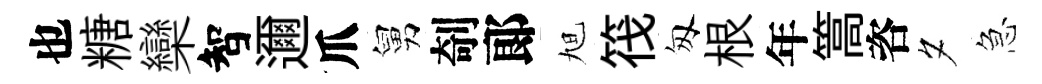
也糖欒智邇爪舅剞郞旭筏匆根年篙咨夕急